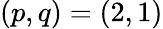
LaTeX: \left(p,q\right)=\left(2,1\right)